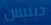
جينيس